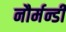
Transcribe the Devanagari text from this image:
नौर्मन्डी